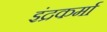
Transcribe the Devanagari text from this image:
इंद्रकर्मा